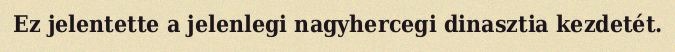
Ez jelentette a jelenlegi nagyhercegi dinasztia kezdetét.